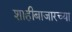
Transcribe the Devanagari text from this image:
शाहीबाजारच्या